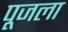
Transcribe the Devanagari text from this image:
पूजला